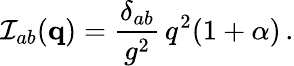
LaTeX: {\cal I}_{ab}({\mathbf q})=\frac{\delta_{ab}}{g^{2}}\, q^{2}(1+\alpha)\, .